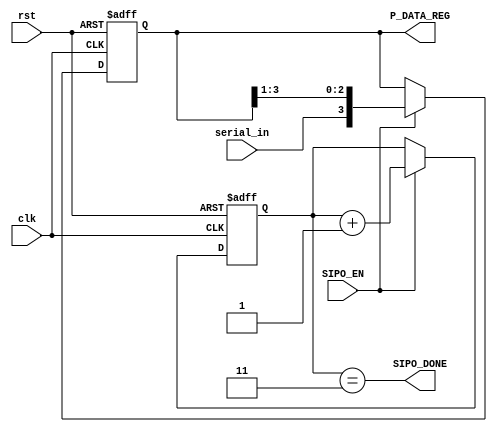
module SIPO #(parameter
DATA_WIDTH = 4
) (
input                       clk,
input                       rst,
input                       SIPO_EN,
input                       serial_in,
output reg [DATA_WIDTH-1:0] P_DATA_REG,
output                      SIPO_DONE
);
reg [$clog2(DATA_WIDTH)-1:0] counter ;

always @ (posedge clk or negedge rst)
begin
if (!rst)
    begin
P_DATA_REG <= 'b0;
counter <= 'b0;
    end
else if (SIPO_EN) /// SIPO_EN = SIPO_EN_FROM_FSM && OVERSAMPLING_TICK 
    begin
P_DATA_REG <= {serial_in,P_DATA_REG[DATA_WIDTH-1:1]} ; // IT TAKES (DATA_WIDTH) CYCLES TO DESERIALZE IT
counter <= counter + 1'b1 ;
    end
end

assign SIPO_DONE = (counter == DATA_WIDTH-1) ;
 
// WHEN IT'S CAPTURED THAT MEAN THAT RECEIVER DESERIALIZED ALL TXED DATA







endmodule